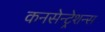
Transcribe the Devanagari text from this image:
कनसेन्ट्रेशन्स